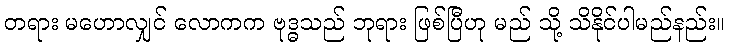
တရား မဟောလျှင် လောကက ဗုဒ္ဓသည် ဘုရား ဖြစ်ပြီဟု မည် သို့ သိနိုင်ပါမည်နည်း။